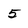
Character: 5